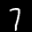
Label: 7